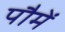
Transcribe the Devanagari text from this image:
पौमें